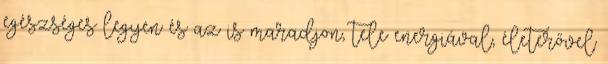
egészséges legyen és az is maradjon, tele energiával, életerővel